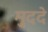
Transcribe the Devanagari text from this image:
मु्ददे